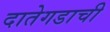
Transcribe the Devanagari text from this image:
दातेगडाची